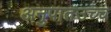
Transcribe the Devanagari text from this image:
अनुपातउच्च